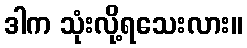
ဒါက သုံးလို့ရသေးလား။